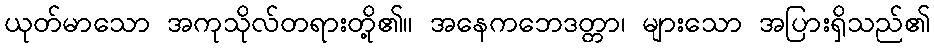
ယုတ်မာသော အကုသိုလ်တရားတို့၏။ အနေကဘေဒတ္တာ၊ များသော အပြားရှိသည်၏